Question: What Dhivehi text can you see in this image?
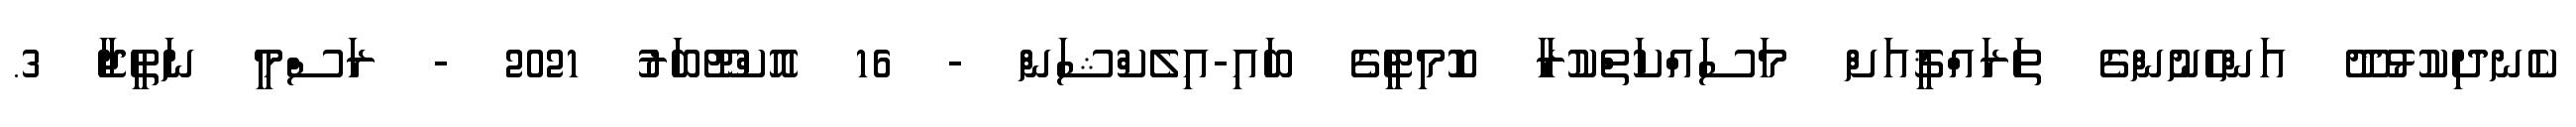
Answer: ކެނދިކުޅުދޫ އަންހެނުންގެ ތަރައްޤީއަށް މަސައްކަތްކުރާ ކޮމިޓީގެ ބައި-އިލެކްޝަން - 16 އޮކްޓޫބަރު 2021 - ރަސްމީ ނަތީޖާ 3.